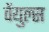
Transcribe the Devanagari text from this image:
वेंयुल्स